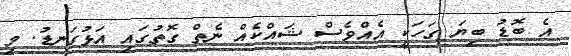
އެ ބޮޑު ބިޔަ ގަހަކީ އެއްވެސް ޝައްކެއް ނެތް ގޮތުގައި އަޅުގަނޑު. މި